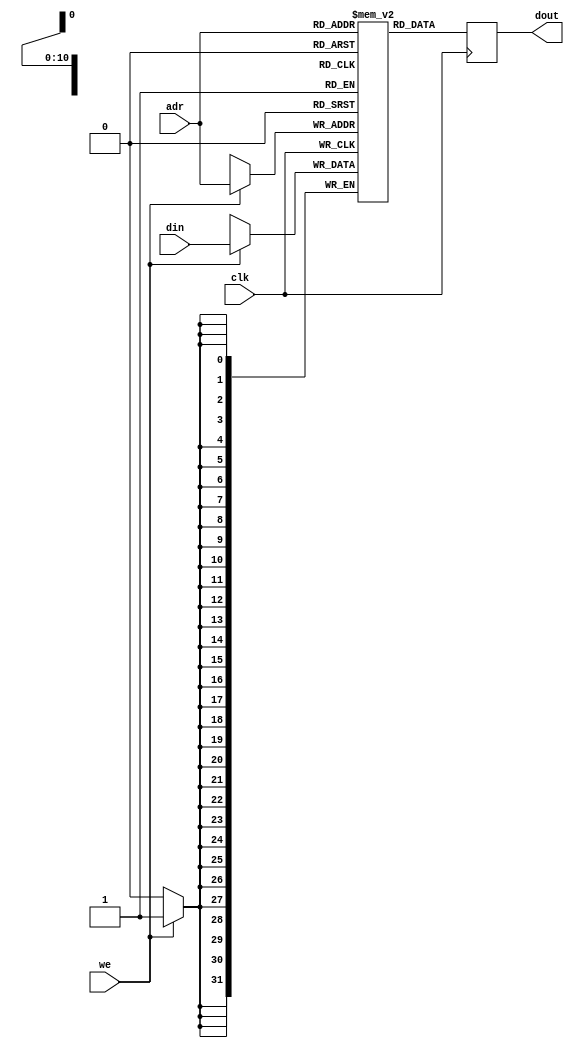
`timescale 1ns / 1ps
module DRAM(input [10:0] adr,
    input [31:0] din,
    output reg [31:0] dout,
    input we,
    input clk);
reg [31:0] mem [2047: 0];
always @(posedge clk) begin
    if (we) mem[adr] <= din;
	 dout <= mem[adr];
end	 
endmodule